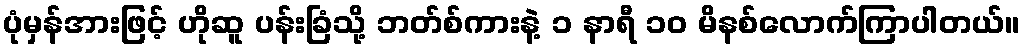
ပုံမှန်အားဖြင့် ဟိုဆူ ပန်းခြံသို့ ဘတ်စ်ကားနဲ့ ၁ နာရီ ၁၀ မိနစ်လောက်ကြာပါတယ်။